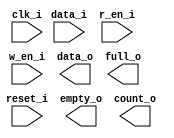
module FIFO(clk_i, data_i, reset_i, r_en_i, w_en_i, data_o, empty_o, full_o, count_o );
input clk_i;
input reset_i;
input [DATA_WIDTH-1:0]data_i;
input r_en_i;
input w_en_i;

output reg [DATA_WIDTH-1:0]data_o;
output empty_o;
output full_o;
output count_o; 

parameter DATA_WIDTH = 8;
parameter RAM_DEPTH = 8;
  
reg [RAM_DEPTH:0]count;
reg [DATA_WIDTH-1:0]memory[RAM_DEPTH-1:0];
reg [2:0]wr_pointer, rd_pointer;
reg full, empty;
reg [DATA_WIDTH-1:0]dataout;

// reading data out from the FIFO
always @( posedge clk_i or posedge reset_i)
begin
   if( reset_i )
   begin
      dataout <= 0;
      //memory <= {RAM_DEPTH{DATA_WIDTH{1'b0}}};
   end
   else
   begin
      if( r_en_i && !empty_o )
         dataout <= memory[rd_pointer];

      else
         dataout <= dataout;

   end
end

//writing data in the FIFO
always @(posedge clk_i)
begin
   if( w_en_i && !full_o )
      memory[wr_pointer] <= data_i;

   else
      memory[wr_pointer] <= memory[wr_pointer];
end



//pointer increment system
always @ (posedge clk_i or posedge reset_i)
begin 
	if(reset_i)
	begin
	//reset pointers
		wr_pointer <= 0;
		rd_pointer <= 0;
	end
	else
	begin
	//write data increment pointer
		if(!full_o && w_en_i)
		wr_pointer <= wr_pointer+1;
	//do nothing
		else
		wr_pointer <= wr_pointer;
	//read data, increment pointer
		if(!empty_o && r_en_i)
		rd_pointer <= rd_pointer+1;
	//do nothing
		else
		rd_pointer <= rd_pointer;
	end
end

//set states of full,empty flags
always @(posedge clk_i or posedge reset_i)
begin
   if( reset_i )
       count <= 0;

   // trying to both read and write while fifo is in good state
   // count stays the same. - This is valid because there is only
   // one clock for this fifo.
   else if( (!full_o && w_en_i) && ( !empty_o && r_en_i ) )
       count <= count;
    // writing not full, increment
   else if( !full_o && w_en_i )
       count <= count + 1;
    //reading and not empty, decrement
   else if( !empty_o && r_en_i )
       count <= count - 1;
   else
      count <= count;
end

//for full and empty
//use blocking assigns for combinatoral logic
always @(count)
begin
if(count==0)
  empty = 1 ;
  else
  empty = 0;

  if(count==RAM_DEPTH)
   full = 1;
   else
   full = 0;
end

endmodule